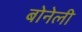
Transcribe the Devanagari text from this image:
बोनेली